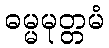
ဓမ္မမုတ္တမံ